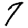
Digit: 7